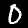
Label: 0